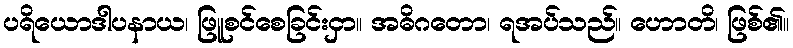
ပရိယောဒါပနာယ၊ ဖြူစင်စေခြင်းငှာ။ အဓိဂတော၊ ရအပ်သည်။ ဟောတိ၊ ဖြစ်၏။